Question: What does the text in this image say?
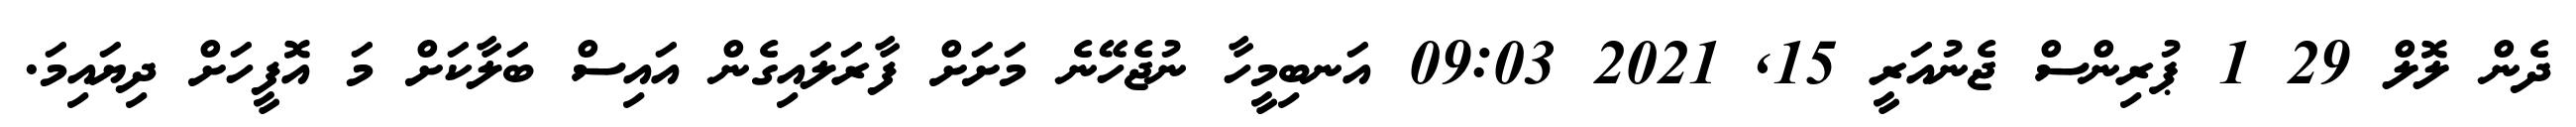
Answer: ދެން ލޮލް 29 1 ޕުރިންސް ޖެނުއަރީ 15, 2021 09:03 އަނބިމީހާ ނުޖެހޭނެ މަށަށް ފާރަލައިގެން އައިސް ބަލާކަށް މަ އޮފީހަށް ދިޔައިމަ.